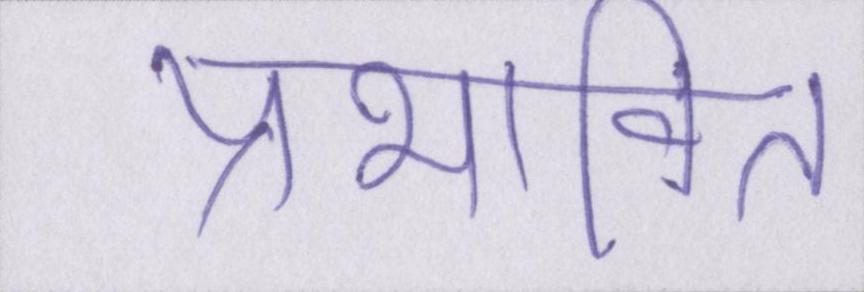
प्रभावित